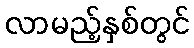
လာမည့်နှစ်တွင်